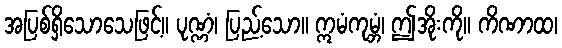
အပြစ်ရှိသောသေဖြင့်။ ပုဏ္ဏံ၊ ပြည့်သော။ ဣမံကုမ္ဘံ၊ ဤအိုးကို။ ကိဏာထ၊